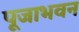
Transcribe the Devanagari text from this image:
पूजाभवन